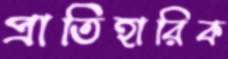
প্রাতিহারিক